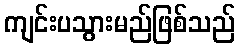
ကျင်းပသွားမည်ဖြစ်သည်